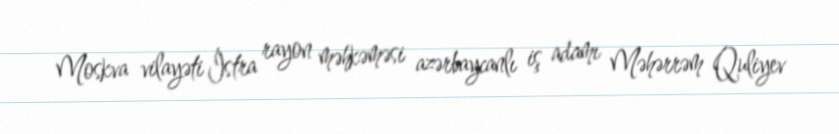
Moskva vilayəti İstra rayon məhkəməsi azərbaycanlı iş adamı Məhərrəm Quliyev